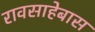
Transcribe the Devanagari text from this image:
रावसाहेबास